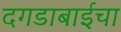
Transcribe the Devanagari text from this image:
दगडाबाईचा